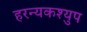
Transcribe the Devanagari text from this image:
हरन्यकश्युप